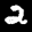
Label: 2